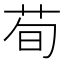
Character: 荀